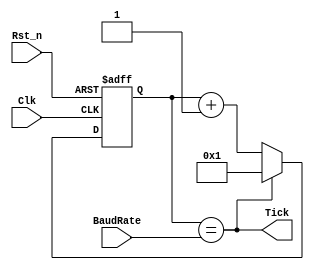
/*Imagine that the baud rate you want to work with is 9600. The clock of my
FPGA is 50MHz. If we want the "TICKS" to ahev 16 times the frequency of the UART signal
we need a frequency 16 times the 9600Hz. 
The width of the UART signal is 1/9600 equal to 104us. The width of the main clock is 1/50Mhz equal to 20ns
How many 20ns pulses we need to cont to get to 104us/16??? Well (104000ns/16)/ 20ns = 325 pulses (
That's why in the top we set baud rate to 325)
*/
module UART_BaudRate_generator(
    Clk                   ,
    Rst_n                 ,
    Tick                  ,
    BaudRate
    );

input           Clk                 ; // Entrada Reloj
input           Rst_n               ; // Reset input
input [15:0]    BaudRate            ; // Value to divide the generator by
output          Tick                ; // Each "BaudRate" pulses we create a tick pulse
reg [15:0]      baudRateReg         ; // Register used to count


always @(posedge Clk or negedge Rst_n)
    if (!Rst_n) baudRateReg <= 16'b1;
    else if (Tick) baudRateReg <= 16'b1;
         else baudRateReg <= baudRateReg + 1'b1;
assign Tick = (baudRateReg == BaudRate);
endmodule